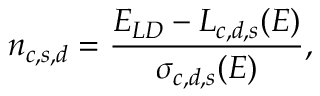
n _ { c , s , d } = \frac { E _ { L D } - L _ { c , d , s } ( E ) } { \sigma _ { c , d , s } ( E ) } ,